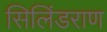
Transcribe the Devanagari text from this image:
सिलिंडराण